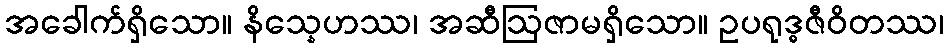
အခေါက်ရှိသော။ နိသ္နေဟဿ၊ အဆီဩဇာမရှိသော။ ဥပရုဒ္ဓဇီဝိတဿ၊